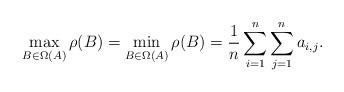
LaTeX: \begin{align*}\max_{B\in\Omega(A)}\rho(B)=\min_{B\in\Omega(A)}\rho(B)=\frac{1}{n} \sum_{i=1}^n \sum_{j=1}^n a_{i,j}.\end{align*}